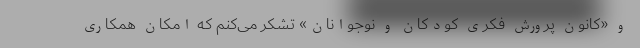
و «کانون پرورش فکری کودکان و نوجوانان» تشکر می‌کنم که امکان همکاری